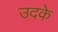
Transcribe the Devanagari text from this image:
उदके